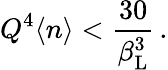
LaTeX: Q^{4}\langle n\rangle<\frac{30}{\beta_{\mathrm{L}}^{3}}\, .